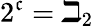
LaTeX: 2^{\mathfrak{c}}=\beth_{2}